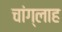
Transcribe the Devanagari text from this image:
चांग्लाह